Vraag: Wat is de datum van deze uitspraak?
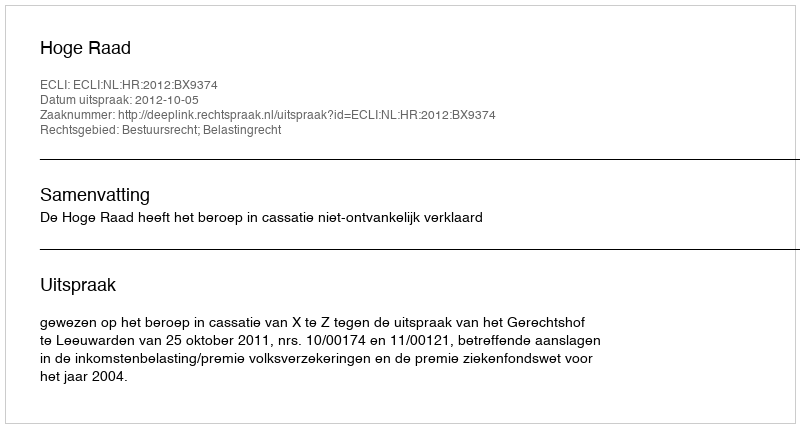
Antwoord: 2012-10-05